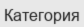
Категория